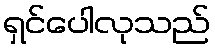
ရှင်ပေါလုသည်